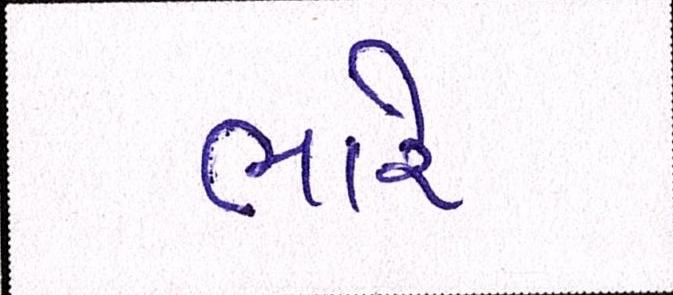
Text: ભારે